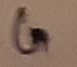
Text: G